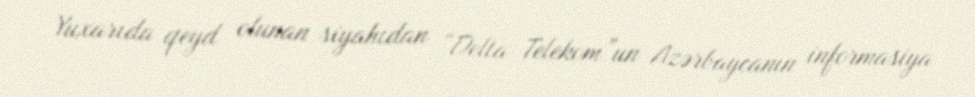
Yuxarıda qeyd olunan siyahıdan “Delta Telekom”un Azərbaycanın informasiya